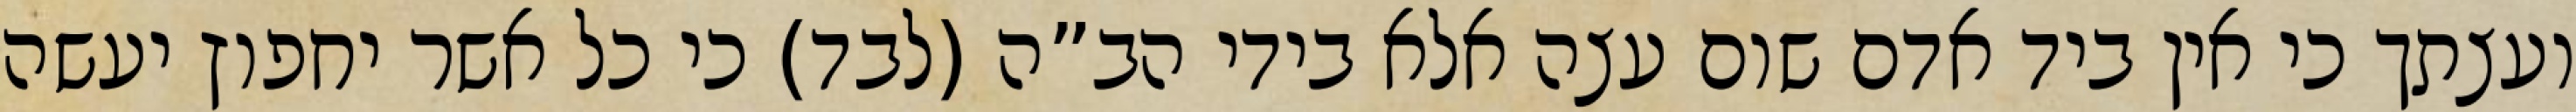
ועצתך כי אין ביד אדם שום עצה אלא בידי הב”ה (לבד) כי כל אשר יחפוץ יעשה